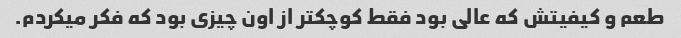
طعم و کیفیتش که عالی بود فقط کوچکتر از اون چیزی بود که فکر میکردم.